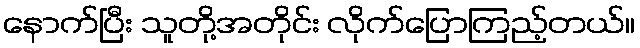
နောက်ပြီး သူတို့အတိုင်း လိုက်ပြောကြည့်တယ်။